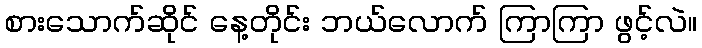
စားသောက်ဆိုင် နေ့တိုင်း ဘယ်လောက် ကြာကြာ ဖွင့်လဲ။